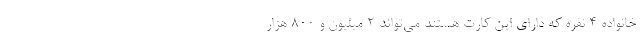
خانواده ۴ نفره که دارای این کارت هستند می‌تواند ۲ میلیون و ۸۰۰ هزار